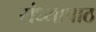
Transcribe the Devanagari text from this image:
संध्यापाठ